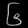
Digit: ၆